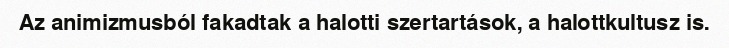
Az animizmusból fakadtak a halotti szertartások, a halottkultusz is.